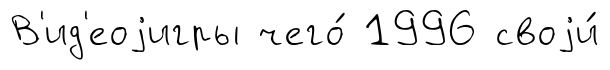
В'ид'еоjигры чего́ 1996 своjи́